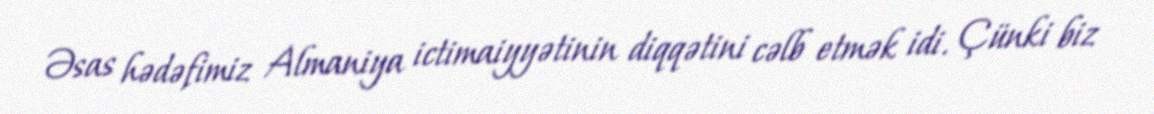
Əsas hədəfimiz Almaniya ictimaiyyətinin diqqətini cəlb etmək idi. Çünki biz